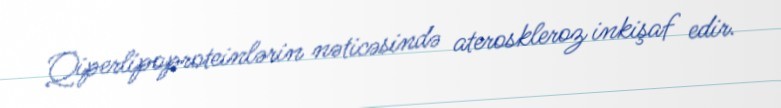
Qiperlipoproteinlərin nəticəsində ateroskleroz inkişaf edir.